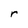
Character: r